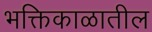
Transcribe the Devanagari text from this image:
भक्तिकाळातील